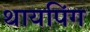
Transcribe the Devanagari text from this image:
थायपिंग